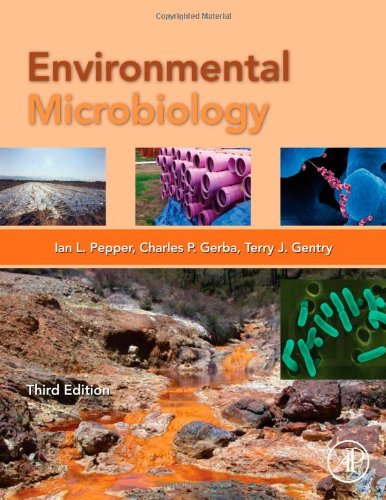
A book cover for Environmental Microbiology, Third Edition; Medical Books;